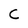
Character: C